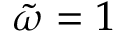
\tilde { \omega } = 1